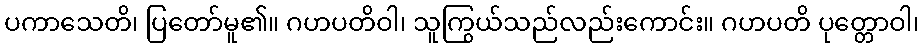
ပကာသေတိ၊ ပြတော်မူ၏။ ဂဟပတိဝါ၊ သူကြွယ်သည်လည်းကောင်း။ ဂဟပတိ ပုတ္တောဝါ၊